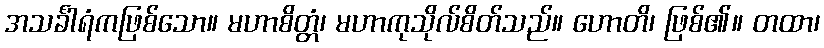
အသင်္ခါရံကဖြစ်သော။ မဟာစိတ္တံ၊ မဟာကုသိုလ်စိတ်သည်။ ဟောတိ၊ ဖြစ်၏။ တထာ၊